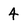
Character: 4